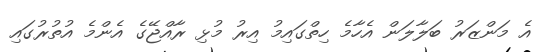
އެ މަންޒަރު ބަލާލަން އެހާމެ ހިތްގައިމު އިރު މުޅި ރާއްޖޭގެ އެންމެ އުތުރުގައި